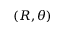
( R , \theta )